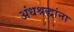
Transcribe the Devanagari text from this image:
अंधश्रद्धांना